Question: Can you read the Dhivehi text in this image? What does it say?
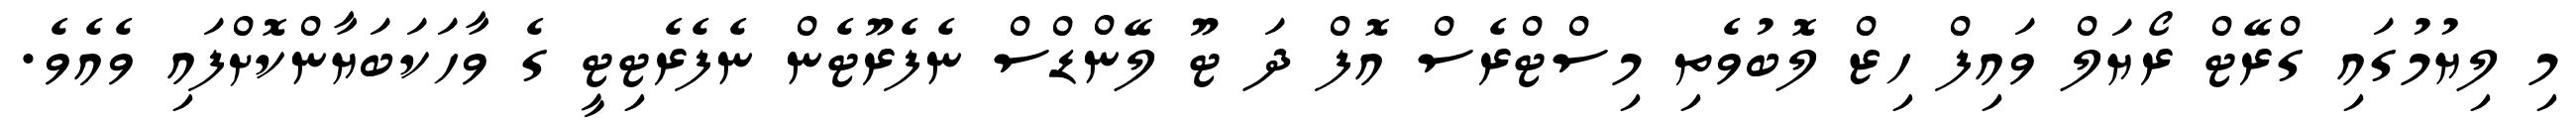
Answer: މި ލިޔުމުގައި ގްރޭޓް ރޯޔަލް ވައިފް ހިޒް ލޮބުވެތި މިސްޓްރެސް އޮފް ދަ ޓޫ ލޭންޑްސް ނެފެރޫޓެން ނެފެރެޓިޓީ ގެ ވާހަކަބަޔާންކޮށްފައި ވެއެވެ.